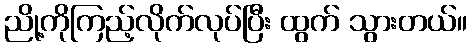
ညို့ကိုကြည့်လိုက်လုပ်ပြီး ထွက် သွားတယ်။